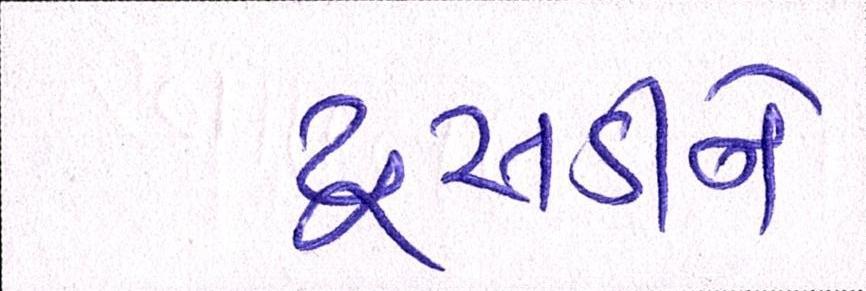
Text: ઢસડીને